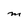
Character: M